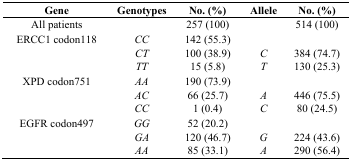
<table><thead><tr><td><b>Gene</b></td><td><b>Genotypes</b></td><td><b>No. (%)</b></td><td><b>Allele</b></td><td><b>No. (%)</b></td></tr></thead><tbody><tr><td>All patients</td><td></td><td>257 (100)</td><td></td><td>514 (100)</td></tr><tr><td>ERCC1 codon118</td><td><i>CC</i></td><td>142 (55.3)</td><td></td><td></td></tr><tr><td></td><td><i>CT</i></td><td>100 (38.9)</td><td><i>C</i></td><td>384 (74.7)</td></tr><tr><td></td><td><i>TT</i></td><td>15 (5.8)</td><td><i>T</i></td><td>130 (25.3)</td></tr><tr><td>XPD codon751</td><td><i>AA</i></td><td>190 (73.9)</td><td></td><td></td></tr><tr><td></td><td><i>AC</i></td><td>66 (25.7)</td><td><i>A</i></td><td>446 (75.5)</td></tr><tr><td></td><td><i>CC</i></td><td>1 (0.4)</td><td><i>C</i></td><td>80 (24.5)</td></tr><tr><td>EGFR codon497</td><td><i>GG</i></td><td>52 (20.2)</td><td></td><td></td></tr><tr><td></td><td><i>GA</i></td><td>120 (46.7)</td><td><i>G</i></td><td>224 (43.6)</td></tr><tr><td></td><td><i>AA</i></td><td>85 (33.1)</td><td><i>A</i></td><td>290 (56.4)</td></tr></tbody></table>